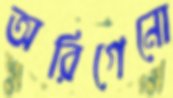
অরিগেনো